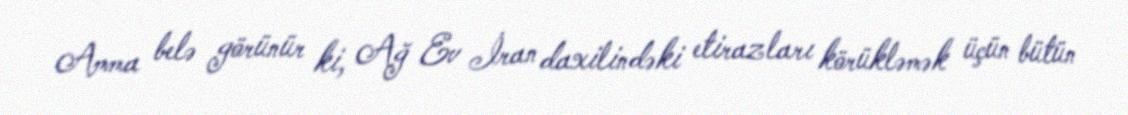
Amma belə görünür ki, Ağ Ev İran daxilindəki etirazları körükləmək üçün bütün